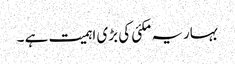
بہاریہ مکئی کی بڑی اہمیت ہے ۔